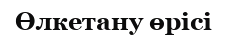
Өлкетану өрісі